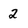
Character: 2